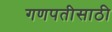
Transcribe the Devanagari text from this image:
गणपतीसाठी